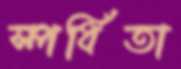
স্পর্ধিতা